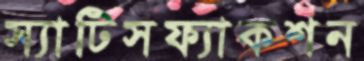
স্যাটিসফ্যাকশন